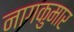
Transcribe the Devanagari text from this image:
नागकुमार